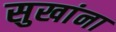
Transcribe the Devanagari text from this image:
सुखांना